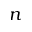
\boldsymbol { n }